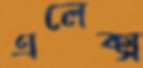
এলেক্স